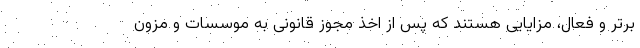
برتر و فعال، مزایایی هستند که پس از اخذ مجوز قانونی به موسسات و مزون